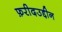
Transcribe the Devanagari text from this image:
फ़रीदउद्दीन